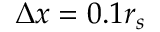
\Delta x = 0 . 1 r _ { s }